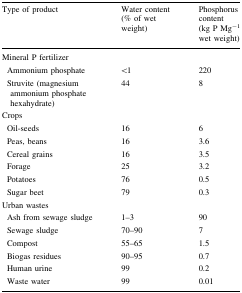
<table><thead><tr><td><b>Type of product</b></td><td><b>Water content (% of wet weight)</b></td><td><b>Phosphorus content (kg P Mg<sup>−1</sup> wet weight)</b></td></tr></thead><tbody><tr><td>Mineral P fertilizer</td><td></td><td></td></tr><tr><td> Ammonium phosphate</td><td>&lt;1</td><td>220</td></tr><tr><td> Struvite (magnesium ammonium phosphate hexahydrate)</td><td>44</td><td>8</td></tr><tr><td>Crops</td><td></td><td></td></tr><tr><td> Oil-seeds</td><td>16</td><td>6</td></tr><tr><td> Peas, beans</td><td>16</td><td>3.6</td></tr><tr><td> Cereal grains</td><td>16</td><td>3.5</td></tr><tr><td> Forage</td><td>25</td><td>3.2</td></tr><tr><td> Potatoes</td><td>76</td><td>0.5</td></tr><tr><td> Sugar beet</td><td>79</td><td>0.3</td></tr><tr><td>Urban wastes</td><td></td><td></td></tr><tr><td> Ash from sewage sludge</td><td>1–3</td><td>90</td></tr><tr><td> Sewage sludge</td><td>70–90</td><td>7</td></tr><tr><td> Compost</td><td>55–65</td><td>1.5</td></tr><tr><td> Biogas residues</td><td>90–95</td><td>0.7</td></tr><tr><td> Human urine</td><td>99</td><td>0.2</td></tr><tr><td> Waste water</td><td>99</td><td>0.01</td></tr></tbody></table>